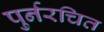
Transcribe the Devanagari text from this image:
पुर्नरचित